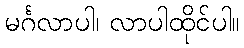
မင်္ဂလာပါ၊ လာပါထိုင်ပါ။